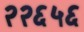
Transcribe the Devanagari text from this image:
२२६५६